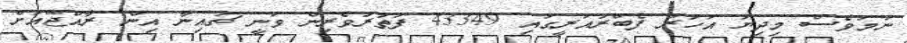
ނަމަވެސް މިދިޔަ އަހަރު ފެބްރުއަރީގައި 43349 ފަތުރުވެރިން ވަނީ ޗައިނާ އިން ރާއްޖޭއަށް